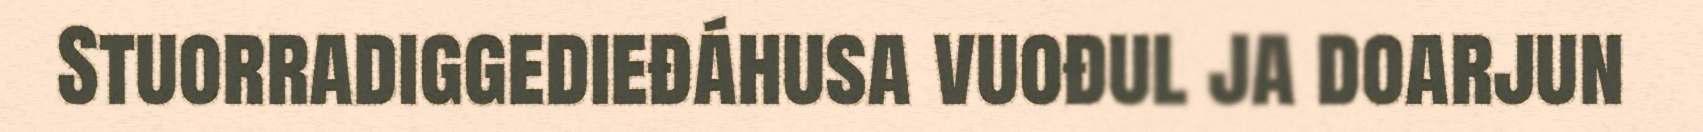
Stuorradiggedieđáhusa vuođul ja doarjun